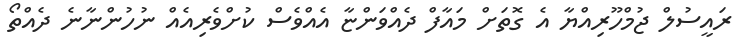
ރައީސުލް ޖުމްހޫރިއްޔާ އެ ގޮތަށް މައާފް ދެއްވަންޏާ އެއްވެސް ކުށްވެރިއެއް ނުހުންނާނެ ދެއްތޯ